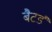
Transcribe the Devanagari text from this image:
बैटर्ड